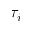
\tau _ { i }